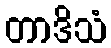
တာဒိသံ